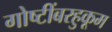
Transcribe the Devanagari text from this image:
गोष्टींबरहुकूम